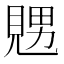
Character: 𧡇